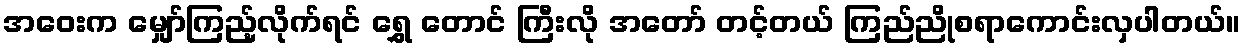
အဝေးက မျှော်ကြည့်လိုက်ရင် ရွှေ တောင် ကြီးလို အတော် တင့်တယ် ကြည်ညိုစရာကောင်းလှပါတယ်။